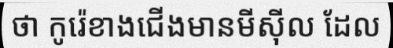
ថា កូរ៉េខាងជើងមានមីស៊ីល ដែល